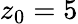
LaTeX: z_{\mathrm{0}}=5